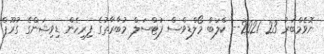
ނޮވެމްބަރު 23 2021-- ކްލަބް މޯލްޑިވްސް ފުޓްސަލް މުބާރާތުގެ ފިރިހެން ޑިވިޝަންގެ ގުރޫޕް